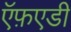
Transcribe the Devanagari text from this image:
ऍफ़एडी